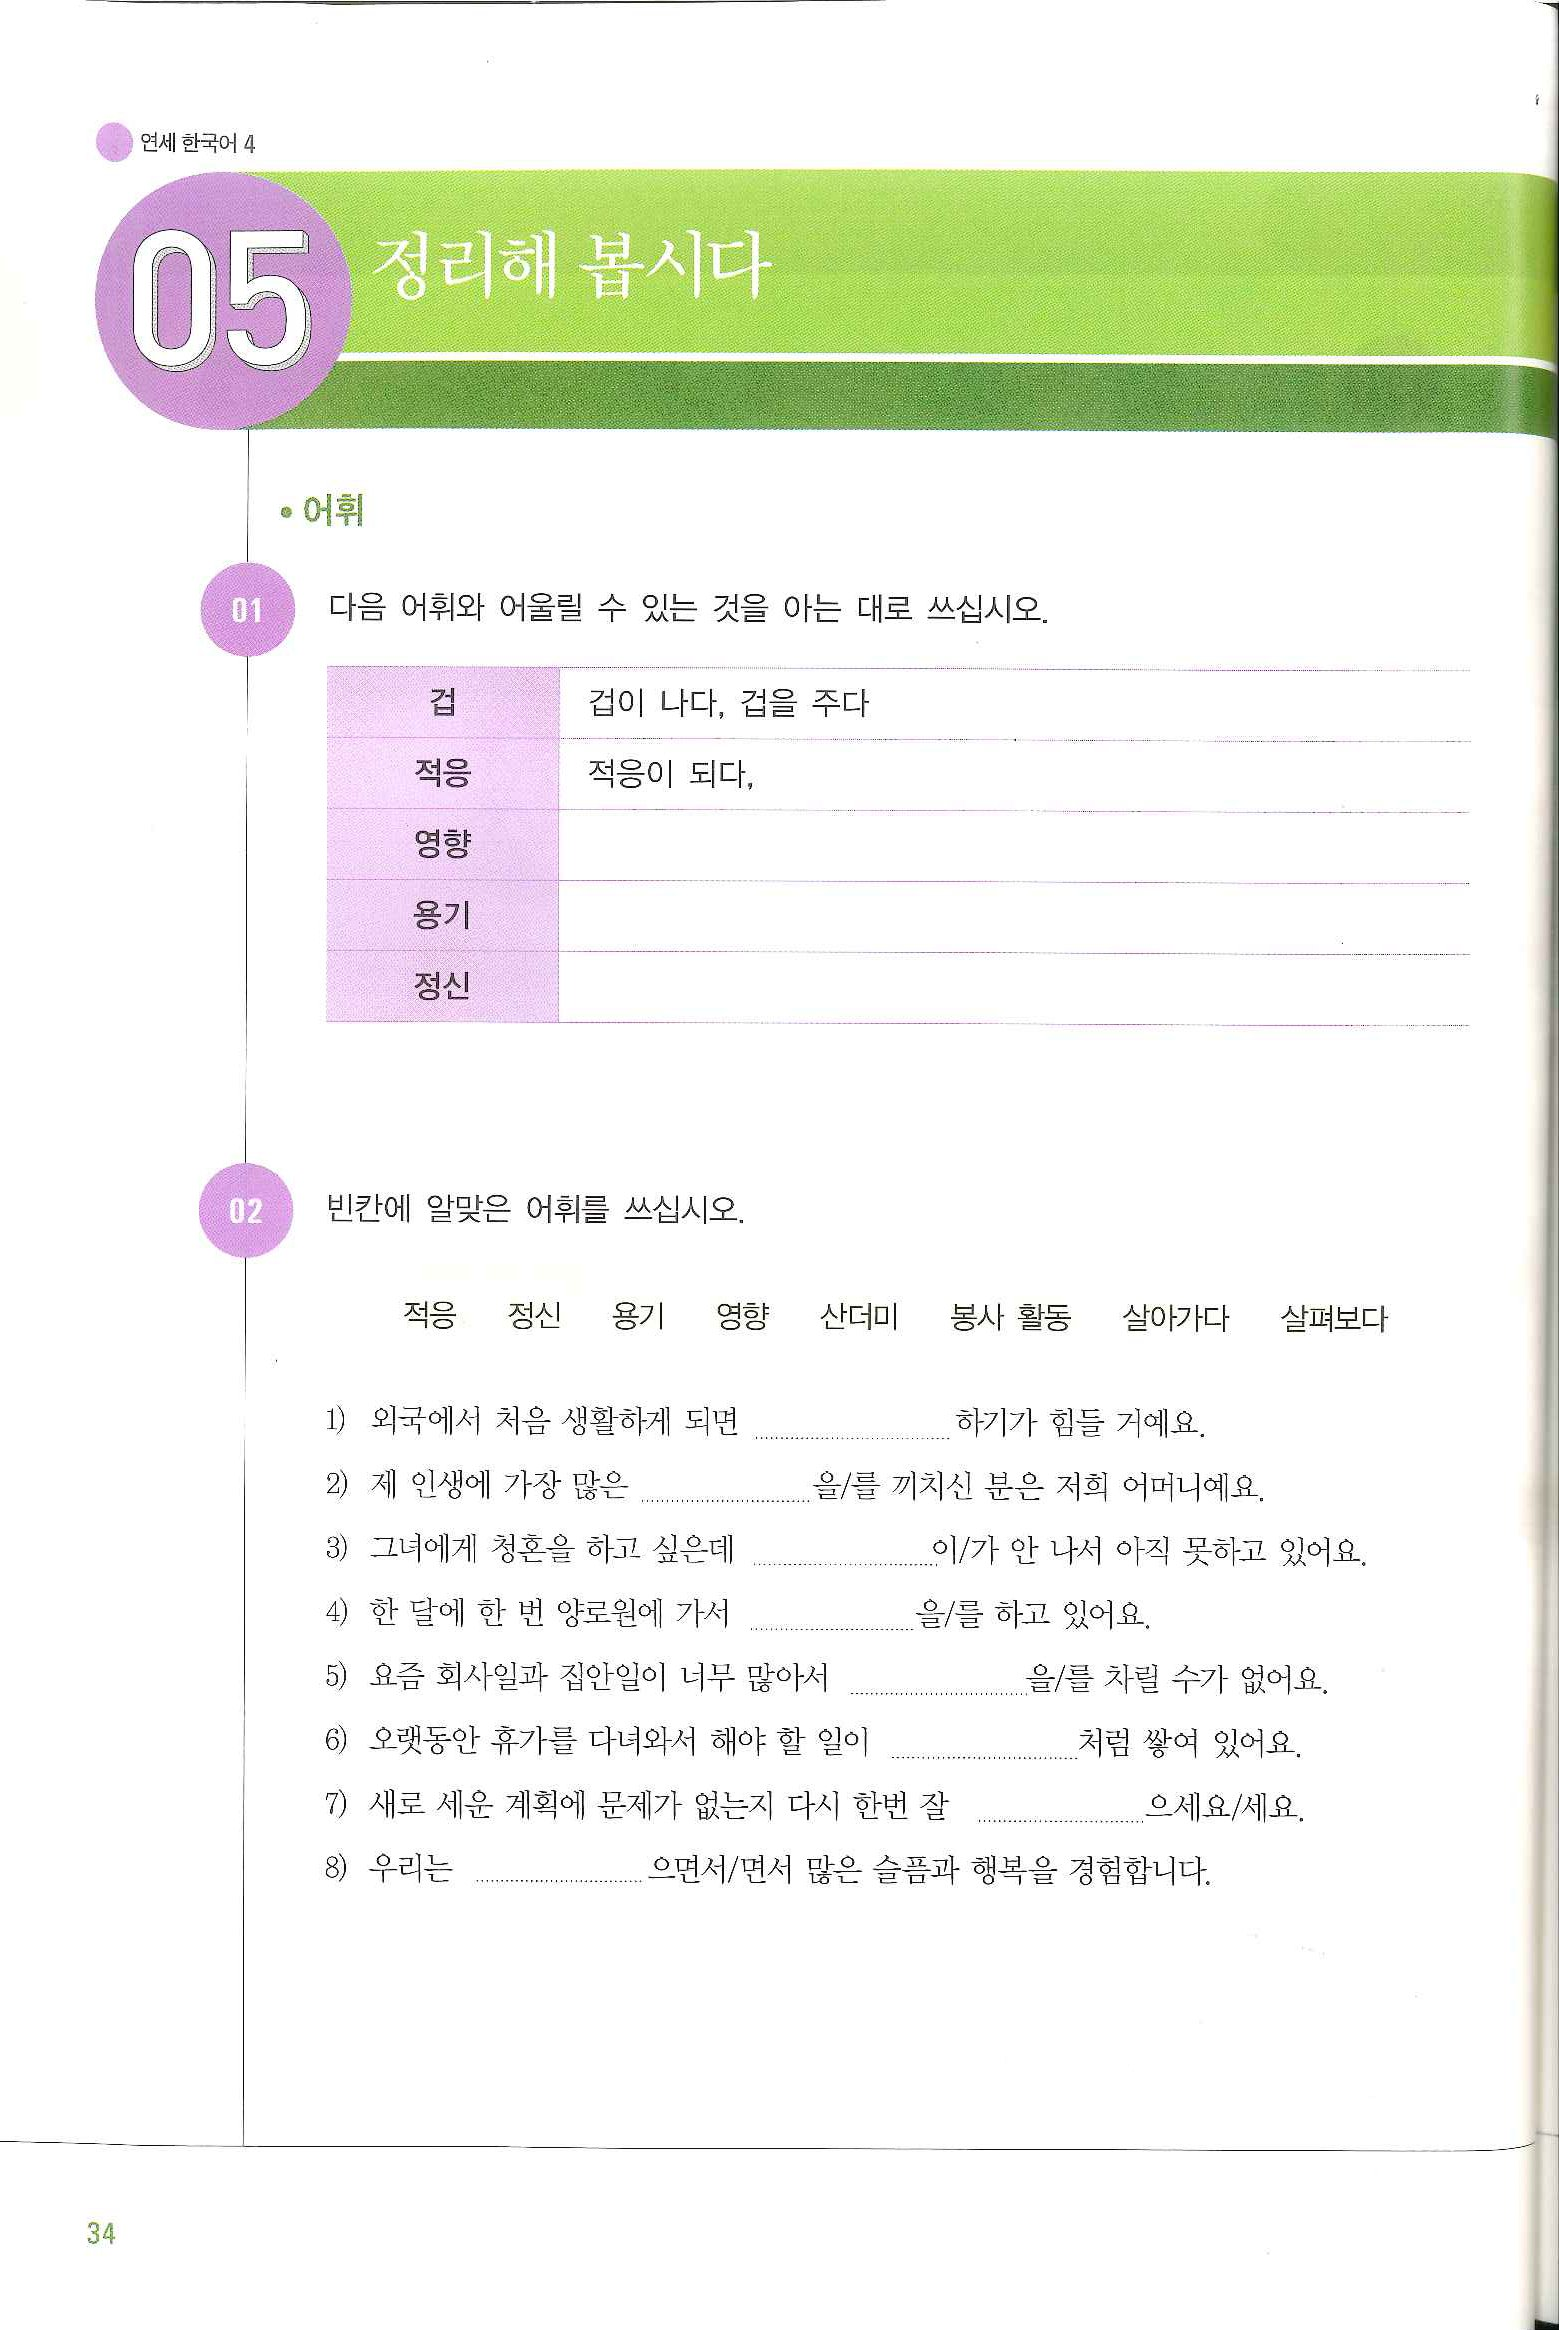
Language: ko